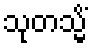
သုတသ္မိံ